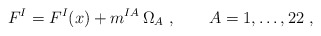
\begin{align*} F^I = F^I(x) + m^{IA}\, \Omega_A\ ,\qquad A=1,\ldots,22\ ,\end{align*}